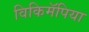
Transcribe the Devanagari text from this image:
विकिमॅपिया